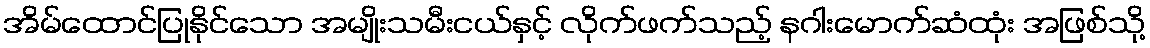
အိမ်ထောင်ပြုနိုင်သော အမျိုးသမီးငယ်နှင့် လိုက်ဖက်သည့် နဂါးမောက်ဆံထုံး အဖြစ်သို့